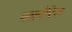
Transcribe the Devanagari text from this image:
वलगैरिस